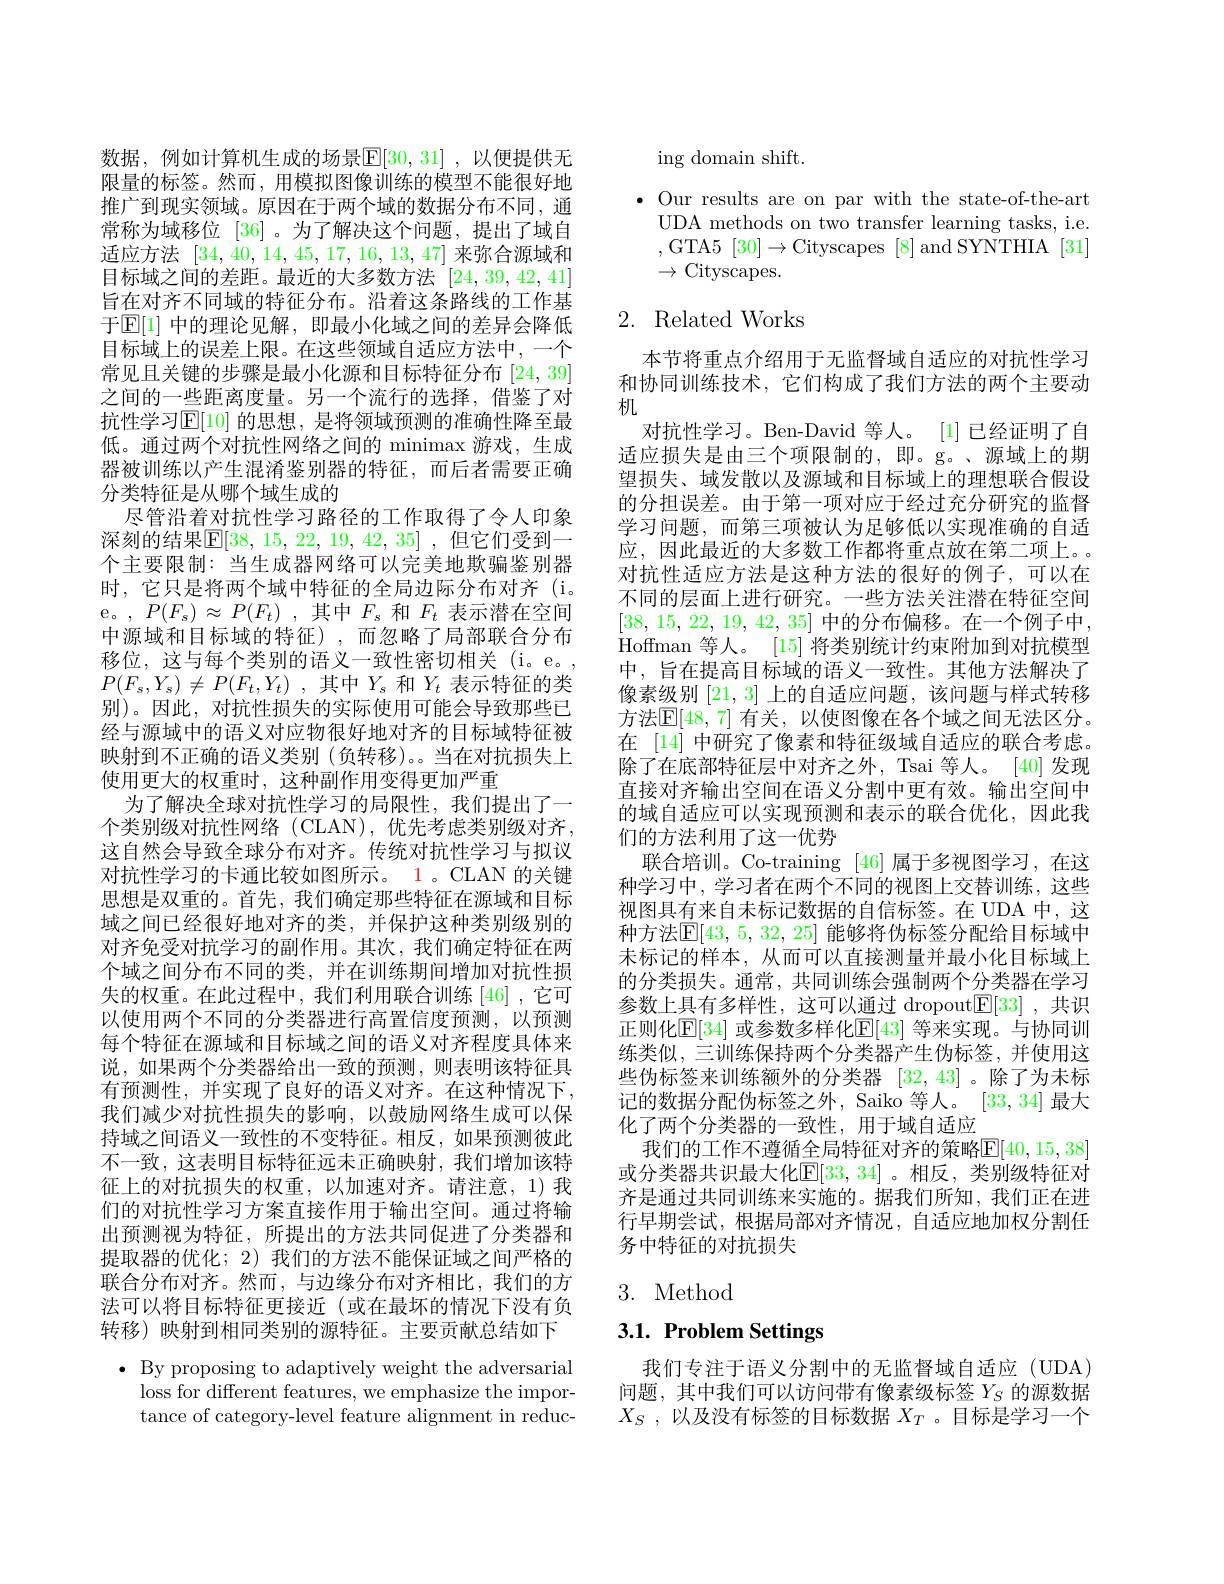
数据，例如计算机生成的场景$\mathbb{E}[30,31]$,以便提供无限量的标签。然而，用模拟图像训练的模型不能很好地推广到现实领域。原因在于两个域的数据分布不同，通常称为域移位[36] 。为了解决这个问题，提出了域自适应方法[34,40,14,45,17,16,13,47]来弥合源域和目标域之间的差距。最近的大多数方法[24,39,42,41] 旨在对齐不同域的特征分布。沿着这条路线的工作基于$\mathbb{E}[1]$ 中的理论见解，即最小化域之间的差异会降低目标域上的误差上限。在这些领域自适应方法中，一个常见且关键的步骤是最小化源和目标特征分布[24,39] 之间的一些距离度量。另一个流行的选择，借鉴了对抗性学习$\mathbb{E}[10]$ 的思想，是将领域预测的准确性降至最低。通过两个对抗性网络之间的 minimax 游戏，生成器被训练以产生混淆鉴别器的特征，而后者需要正确分类特征是从哪个域生成的
尽管沿着对抗性学习路径的工作取得了令人印象深刻的结果$\mathbb{E}[38,15,22,19,42,35]$ ,但它们受到一个主要限制：当生成器网络可以完美地欺骗鉴别器时，它只是将两个域中特征的全局边际分布对齐(i。e。,$P(F_s)\approx P(F_t)$,其中$F_s$ 和$F_t$ 表示潜在空间中源域和目标域的特征),而忽略了局部联合分布移位，这与每个类别的语义一致性密切相关(i。e。, $P( F_{s}, Y_{s}) \neq P( F_{t}, Y_{t})$ ,其中$Y_s$ 和$Y_t$ 表示特征的类别)。因此，对抗性损失的实际使用可能会导致那些已经与源域中的语义对应物很好地对齐的目标域特征被映射到不正确的语义类别 (负转移)。。当在对抗损失上使用更大的权重时，这种副作用变得更加严重
为了解决全球对抗性学习的局限性，我们提出了一个类别级对抗性网络(CLAN),优先考虑类别级对齐， 这自然会导致全球分布对齐。传统对抗性学习与拟议对抗性学习的卡通比较如图所示。1。CLAN 的关键思想是双重的。首先，我们确定那些特征在源域和目标域之间已经很好地对齐的类，并保护这种类别级别的对齐免受对抗学习的副作用。其次，我们确定特征在两个域之间分布不同的类，并在训练期间增加对抗性损失的权重。在此过程中，我们利用联合训练[46],它可以使用两个不同的分类器进行高置信度预测，以预测每个特征在源域和目标域之间的语义对齐程度具体来说，如果两个分类器给出一致的预测，则表明该特征具有预测性，并实现了良好的语义对齐。在这种情况下， 我们减少对抗性损失的影响，以鼓励网络生成可以保持域之间语义一致性的不变特征。相反，如果预测彼此不一致，这表明目标特征远未正确映射，我们增加该特征上的对抗损失的权重，以加速对齐。请注意，1)我们的对抗性学习方案直接作用于输出空间。通过将输出预测视为特征，所提出的方法共同促进了分类器和提取器的优化；2) 我们的方法不能保证域之间严格的联合分布对齐。然而，与边缘分布对齐相比，我们的方法可以将目标特征更接近(或在最坏的情况下没有负转移) 映射到相同类别的源特征。主要贡献总结如下$\bullet$ By proposing to adaptively weight the adversarial
loss for different features, we emphasize the impor-

tance of category-level feature alignment in reduc-

ing domain shift.
$\bullet$ Our results are on par with the state-of-the-art
UDA methods on two transfer learning tasks, i.e. ,GTA5$[30]\to$Cityscapes[8]and SYNTHIA[31] $\to$Cityscapes.

# 2. Related Works

本节将重点介绍用于无监督域自适应的对抗性学习和协同训练技术，它们构成了我们方法的两个主要动机
对抗性学习。Ben-David 等人。[1] 已经证明了自适应损失是由三个项限制的，即。g。、源域上的期望损失、域发散以及源域和目标域上的理想联合假设的分担误差。由于第一项对应于经过充分研究的监督学习问题，而第三项被认为足够低以实现准确的自适应，因此最近的大多数工作都将重点放在第二项上。对抗性适应方法是这种方法的很好的例子，可以在不同的层面上进行研究。一些方法关注潜在特征空间[38, 15, 22, 19, 42, 35] 中的分布偏移。在一个例子中， Hoffman 等人。[15] 将类别统计约束附加到对抗模型中，旨在提高目标域的语义一致性。其他方法解决了像素级别[21,3]上的自适应问题，该问题与样式转移方法$\mathbb{E}[48,7]$ 有关，以使图像在各个域之间无法区分。在 [14] 中研究了像素和特征级域自适应的联合考虑。除了在底部特征层中对齐之外，Tsai 等人。[40] 发现直接对齐输出空间在语义分割中更有效。输出空间中的域自适应可以实现预测和表示的联合优化，因此我们的方法利用了这一优势
联合培训。Co-training [46]属于多视图学习，在这种学习中，学习者在两个不同的视图上交替训练，这些视图具有来自未标记数据的自信标签。在 UDA 中，这种方法$\mathbb{E}[43,5,32,25]$ 能够将伪标签分配给目标域中未标记的样本，从而可以直接测量并最小化目标域上的分类损失。通常，共同训练会强制两个分类器在学习参数上具有多样性，这可以通过 dropout$\mathbb{E}[33]$ ,共识正则化$\mathbb{E}[34]$ 或参数多样化$\mathbb{E}[43]$ 等来实现。与协同训练类似，三训练保持两个分类器产生伪标签，并使用这些伪标签来训练额外的分类器[32,43] 。除了为未标记的数据分配伪标签之外，Saiko 等人。[33,34]最大化了两个分类器的一致性，用于域自适应
我们的工作不遵循全局特征对齐的策略$\mathbb{E}[40,15,38]$ 或分类器共识最大化$\mathbb{E}[33,34]$。相反，类别级特征对齐是通过共同训练来实施的。据我们所知，我们正在进行早期尝试，根据局部对齐情况，自适应地加权分割任务中特征的对抗损失

# 3. Method

# 3.1. Problem Settings

我们专注于语义分割中的无监督域自适应(UDA) 问题，其中我们可以访问带有像素级标签$Y_S$的源数据$X_S$ ,以及没有标签的目标数据$X_T$ 。目标是学习一个